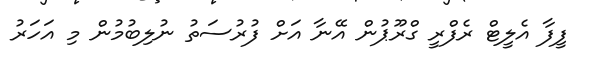
ފީފާ އެލީޓް ރެފްރީ ގްރޫޕުން އޭނާ އަށް ފުރުސަތު ނުލިބުމުން މި އަހަރު